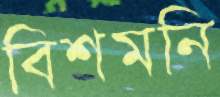
বিশমনি